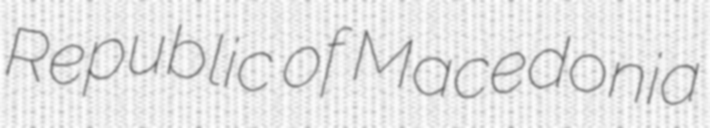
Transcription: Republic of Macedonia